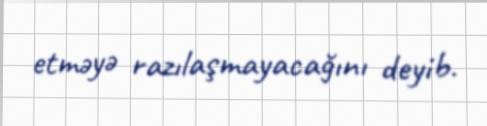
etməyə razılaşmayacağını deyib.